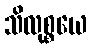
သိလုစ္စယေ